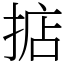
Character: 掂